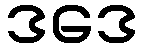
ဒဒေ